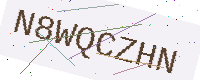
Text: N8WQCZHN